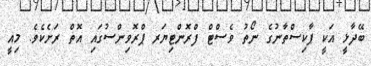
ބޭދާޅީ އަކީ ޕާކިސްތާނުގެ ނޯތު ވެސްޓް ފްރޮންޓިޔަރ ޕްރޮވިންސުގައި އޮތް ރަށެކެވެ. މިއީ